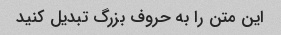
این متن را به حروف بزرگ تبدیل کنید